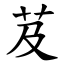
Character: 芨